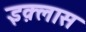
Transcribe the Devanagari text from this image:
इक़्लास